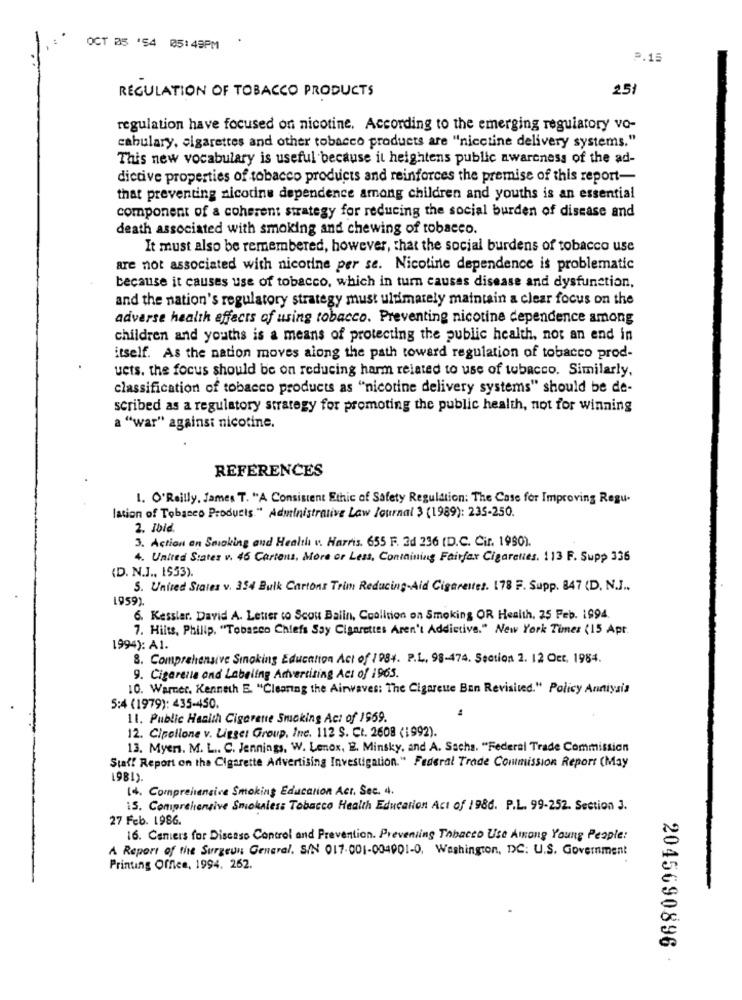
OCT 05 '54 05:49PM
P.15
251
REGULATION OF TOBACCO PRODUCTS
regulation have focused on nicotine. According to the emerging regulatory vo-
cabulary, cigarettes and other tobacco products are "nicotine delivery systems."
This new vocabulary is useful because it heightens public awareness of the ad-
dictive properties of tobacco products and reinforces the premise of this report-
that preventing nicotine dependence among children and youths is an essential
component of a coherent strategy for reducing the social burden of disease and
death associated with smoking and chewing of tobacco.
It must also be remembered, however, that the social burdens of tobacco use
are not associated with nicotine per se. Nicotine dependence is problematic
because it causes use of tobacco, which in turn causas disease and dysfunction,
and the nation's regulatory strategy must ultimately maintain a clear focus on the
adverse health effects of using tobacco. Preventing nicotine dependence among
children and youths is a means of protecting the public health, not an end in
itself. As the nation moves along the path toward regulation of tobacco prod-
ucts. the focus should be on reducing harm related to use of tobacco. Similarly,
classification of tobacco products as "nicotine delivery systems" should be de-
scribed as a regulatory strategy for promoting the public health, not for winning
a "war" againsi nicotine.
REFERENCES
1. O'Reilly, James T. "A Consistent Ethic of Safety Regulation: The Case for Improving Regu-
lation of Tobacco Products." Administrative Law Journal 3 (1989): 235-250.
2. Ibid.
3. Action en Smoking and Health v. Harris. 655 F. 2d 236 (D.C. Cir. 1990).
4. United States v. 46 Cartons, More or Less, Containing Fairfax Cigarettes. 113 F. Supp 336
(D. N.J ., 1553).
5. United States v. 354 Bulk Cartons Trim Reducing-Aid Cigarettes. 178 F. Supp. 847 (D. N.J ..
1959)
6. Kessler. David A. Letter to Scou Balin, Coalition on Smoking OR Health, 25 Feb. 1994.
7. Hilts, Philip, "Tobacco Chiefs Say Cigarettes Aren't Addictive." New York Times (15 Apr.
1994): A1.
8. Comprehensive Sinoking Education Act of / 984. P.L. 98-474. Section 2. 12 Oct, 1984.
9. Cigarette and Labeling Advertising Act of 1965.
10. Warner, Kenneth E. "Clearing the Airwaves: The Cigarette Ban Revisited." Policy Anniysis
5:4 (1979): 435-450.
11. Public Health Cigarette Smoking Act of 1959.
12. Cipollone v. Ligger Group, Inc. 112 S. Ct. 2608 (1992).
13. Myers. M. L .. C. Jennings, W. Lenox, 22. Minsky, and A. Sachs. "Federal Trade Commission
Staff Report on tha Cigarette Advertising Investigation." Federal Trade Contmission Report (May
14. Comprehensive Smoking Education Act. Sec. 4.
15. Comprehensive Smokeless Tobacco Health Education Act of 1986. P.L. 99-252. Section 3.
27 Feb. 1986.
16. Centers for Disease Control and Prevention. Preventing Tobacco Use Among Young People:
A Report of the Surgeon General, S/N 017-001-004901-0, Washington, DC: U.S. Government
Printing Offee, 1994. 262.
2045690896